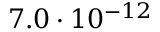
7 . 0 \cdot 1 0 ^ { - 1 2 }